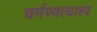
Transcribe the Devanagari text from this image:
चर्मण्वत्याश्व